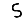
Digit: 5